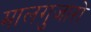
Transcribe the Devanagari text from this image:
मालगुजारो